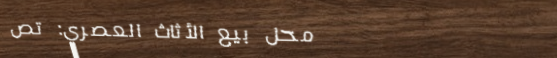
محل بيع الأثاث العصري: تص